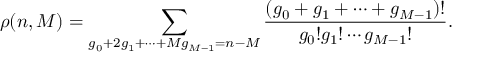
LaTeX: \rho ( n , M ) = \sum _ { g _ { 0 } + 2 g _ { 1 } + \cdots + M g _ { M - 1 } = n - M } \frac { ( g _ { 0 } + g _ { 1 } + \cdots + g _ { M - 1 } ) ! } { g _ { 0 } ! g _ { 1 } ! \cdots g _ { M - 1 } ! } .